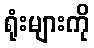
ရုံးများကို